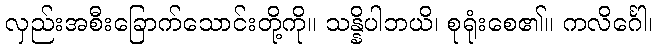
လှည်းအစီးခြောက်သောင်းတို့ကို။ သန္နိပါဘယိ၊ စုရုံးစေ၏။ ကလိင်္ဂေါ၊